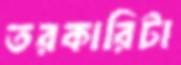
তরকারিটা